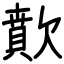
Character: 歕